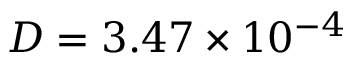
D = 3 . 4 7 \times 1 0 ^ { - 4 }